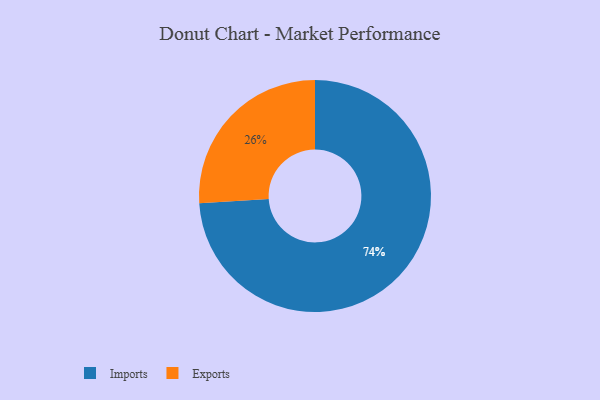
{"axis": {"x": "Category", "y": "Percentage"}, "legend": ["Exports", "Imports"], "data": [{"x": "Imports", "y": 74, "type": "Imports"}, {"x": "Exports", "y": 26, "type": "Exports"}]}